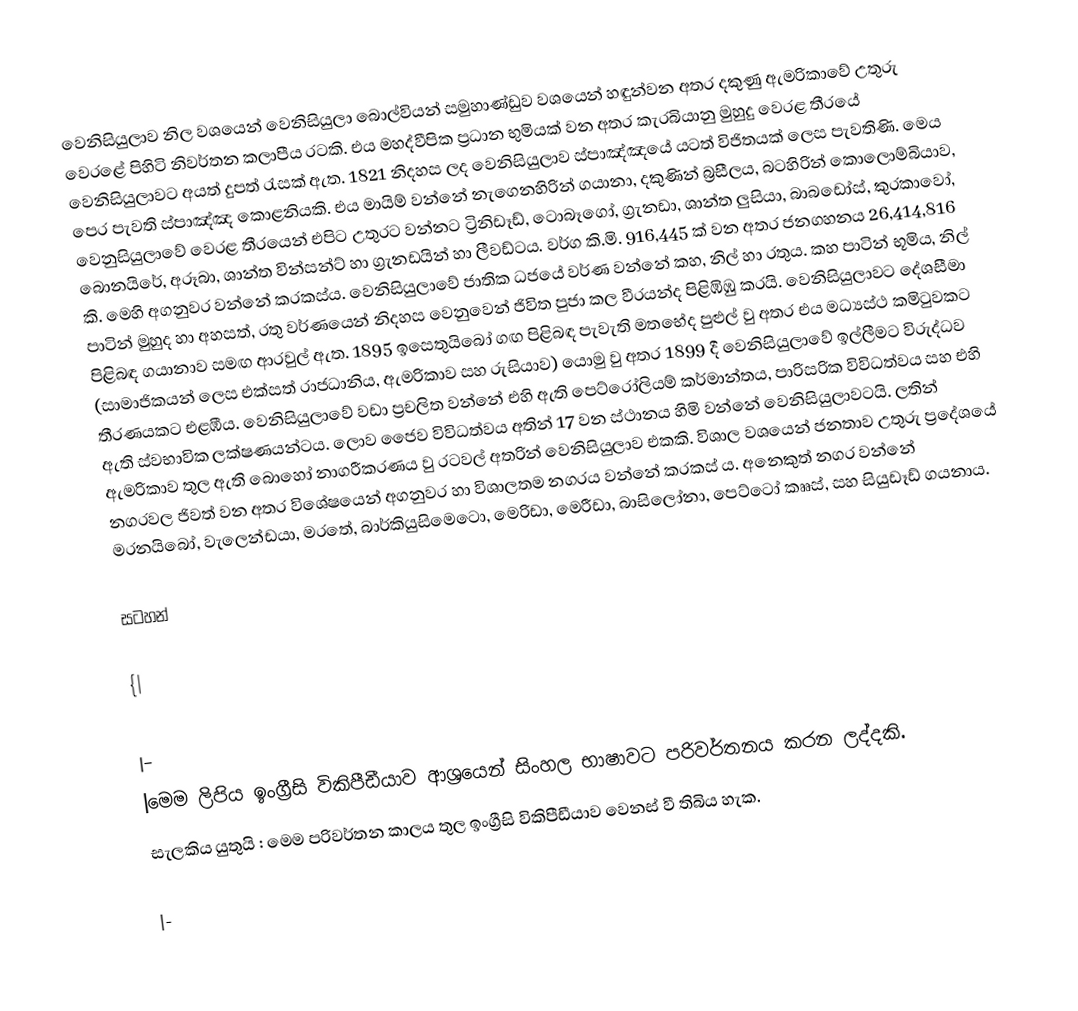
වෙනිසියුලාව නිල වශයෙන් වෙනිසියුලා බොල්වියන් සමුහාණ්ඩුව වශයෙන් හඳුන්වන අතර දකුණු ඇමරිකාවේ උතුරු වෙරළේ පිහිටි නිවර්තන කලාපීය රටකි. එය මහද්වීපික ප්‍රධාන භුමියක් වන අතර කැරබියානු මුහුදු වෙරළ තීරයේ වෙනිසියුලාවට අයත් දුපත් රැසක් ඇත. 1821 නිදහස ලද වෙනිසියුලාව ස්පාඤ්ඤයේ යටත් විජිතයක් ලෙස පැවතිණි. මෙය පෙර පැවති ස්පාඤ්ඤ කොළනියකි. එය මායිම් වන්නේ නැගෙනහිරින් ගයානා, දකුණින් බ්‍රසීලය, බටහිරින් කොලොම්බියාව, වෙනුසියුලාවේ වෙරළ තීරයෙන් එපිට උතුරට වන්නට ට්‍රිනිඩෑඩ්, ටොබෑගෝ, ග්‍රැනඩා, ශාන්ත ලුසියා, බාබඩෝස්, කුරකාවෝ, බොනයිරේ, අරූබා, ශාන්ත වින්සන්ට් හා ග්‍රැනඩයින් හා ලීවඩ්ටය. වර්ග කි.මි. 916,445 ක් වන අතර ජනගහනය 26,414,816 කි.  මෙහි අගනුවර වන්නේ කරකස්ය. වෙනිසියුලාවේ ජාතික ධජයේ වර්ණ වන්නේ කහ, නිල් හා රතුය. කහ පාටින් භූමිය, නිල් පාටින් මුහුද හා අහසත්, රතු වර්ණයෙන් නිදහස වෙනුවෙන් ජිවිත පුජා කල වීරයන්ද පිළිඹිඹු කරයි. වෙනිසියුලාවට දේශසීමා පිළිබඳ ගයානාව සමඟ ආරවුල් ඇත. 1895 ඉසෙතුයි‍බෝ ගඟ පිළිබඳ පැවැති මතභේද පුළුල් වු අතර එය මධ්‍යස්ථ කමිටුවකට (සාමාජිකයන් ලෙස එක්සත් රාජධානිය, ඇමරිකාව සහ රුසියාව) යොමු වු අතර 1899 දී වෙනිසියුලාවේ ඉල්ලීමට විරුද්ධව තීරණයකට එළඹීය. වෙනිසියුලාවේ වඩා ප්‍රචලිත වන්නේ එහි ඇති පෙට්රෝලියම් කර්මාන්තය, පාරිසරික විවිධත්වය සහ එහි ඇති ස්වභාවික ලක්ෂණයන්ටය. ලොව ජෛව විවිධත්වය අතින් 17 වන ස්ථානය හිමි වන්නේ වෙනිසියුලාවටයි. ලතින් ඇමරිකාව තුල ඇති බොහෝ නාගරීකරණය වු රටවල් අතරින් වෙනිසියුලාව එකකි. විශාල වශයෙන් ජනතාව උතුරු ප්‍රදේශයේ නගරවල ජිවත් වන අතර විශේෂයෙන් අගනුවර හා විශාලතම නගරය වන්නේ කරකස් ය. අනෙකුත් නගර වන්නේ මරනයිබෝ, වැලෙන්ඩයා, මරතේ, බාර්කියුසිමෙටො, මෙරිඩා, මෙරීඩා, බාසිලෝනා, පෙට්ටෝ කෲස්, සහ සියුඩෑඩ් ගයනාය.

සටහන්

{|

|-
|මෙම ලිපිය ඉංග්‍රීසි විකිපීඩීයාව ආශ්‍රයෙන් සිංහල භාෂාවට පරිවර්තනය කරන ලද්දකි.
සැලකිය යුතුයි : මෙම පරිවර්තන කාලය තුල ඉංග්‍රීසි විකිපීඩීයාව වෙනස් වී තිබිය හැක.

|-